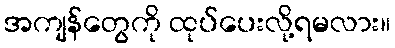
အကျန်တွေကို ထုပ်ပေးလို့ရမလား။